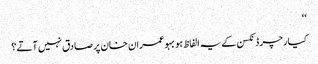
‘‘
کیارچرڈ نکسن کے یہ الفاظ ہوبہو عمران خان پر صادق نہیں آتے؟